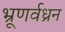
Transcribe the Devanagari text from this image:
भ्रूणर्वध्रन